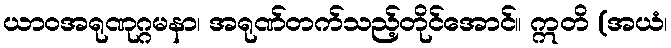
ယာဝအရုဏုဂ္ဂမနာ၊ အရုဏ်တက်သည့်တိုင်အောင်။ ဣတိ (အယံ၊